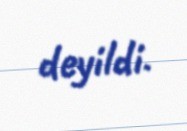
deyildi.